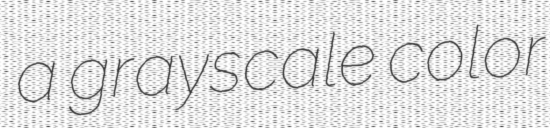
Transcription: a grayscale color